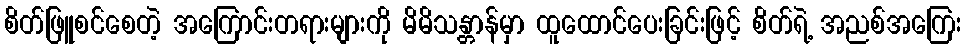
စိတ်ဖြူစင်စေတဲ့ အကြောင်းတရားများကို မိမိသန္တာန်မှာ ထူထောင်ပေးခြင်းဖြင့် စိတ်ရဲ့ အညစ်အကြေး